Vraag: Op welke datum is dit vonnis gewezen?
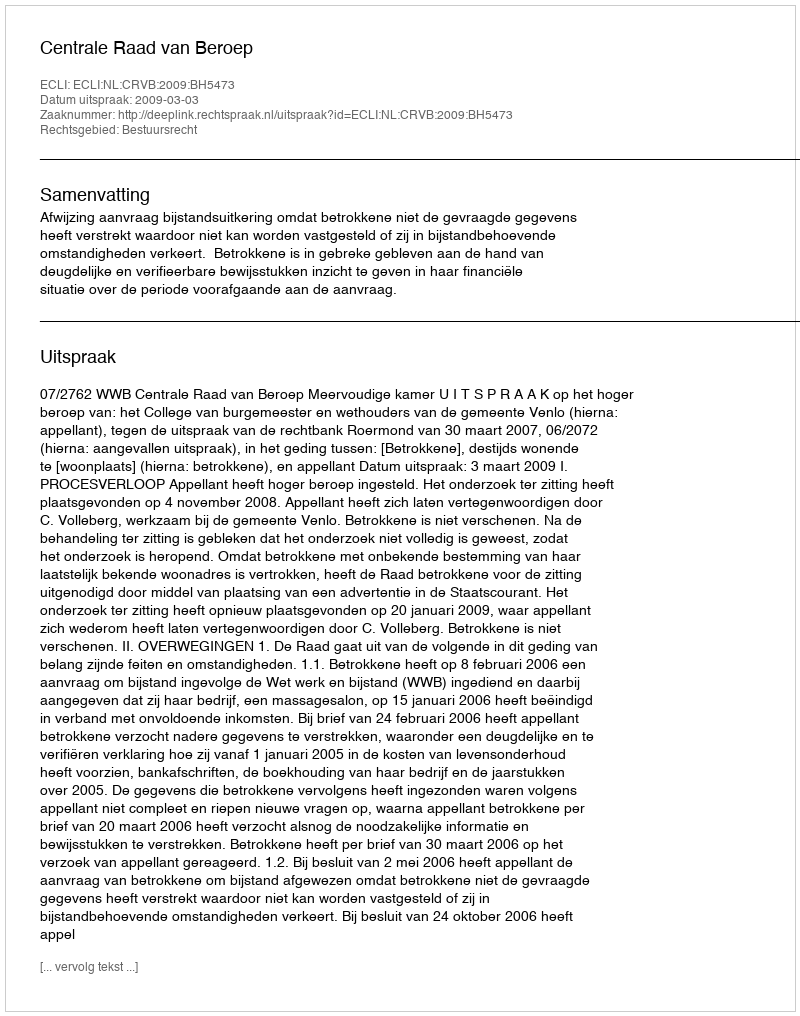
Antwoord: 2009-03-03